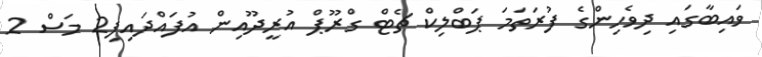
ވައިބާގައި ދިވެހިންގެ ފުރަތަމަ ޕަބްލިކް ޗެޓް ގްރޫޕް އުރީދޫއިން އުފައްދައިފި2 މަސް 2